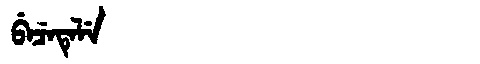
Manchu: ᠪᡝᠴᡝᡨᡝᠯᡝ
Romanization: BECETELE